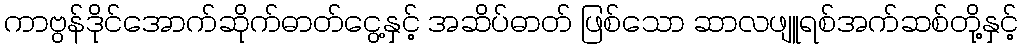
ကာဗွန်ဒိုင်အောက်ဆိုက်ဓာတ်ငွေ့နှင့် အဆိပ်ဓာတ် ဖြစ်သော ဆာလဖျူရစ်အက်ဆစ်တို့နှင့်